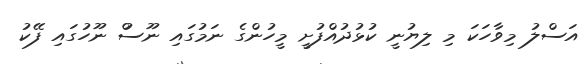
އަސްލު މިވާހަކަ މި ލިޔުނީ ކުޅުދުއްފުށީ މީހުންގެ ނަމުގައި ނޫސުް ނޫހުގައި ފޭކު